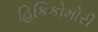
હિકિકોમોરી